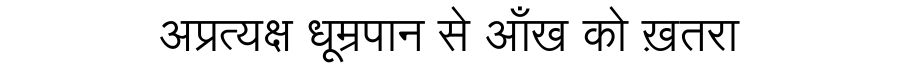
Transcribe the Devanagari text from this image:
अप्रत्यक्ष धूम्रपान से आँख को ख़तरा